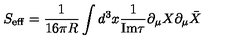
S _ { \mathrm { e f f } } = \frac { 1 } { 1 6 \pi R } \int d ^ { 3 } x \frac { 1 } { \mathrm { I m } \tau } \partial _ { \mu } X \partial _ { \mu } \bar { X }